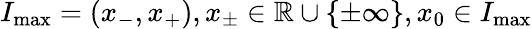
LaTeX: I_{\operatorname*{max}}=(x_{-},x_{+}),x_{\pm}\in\mathbb{R}\cup\{ \pm\infty\} ,x_{0}\in I_{\operatorname*{max}}